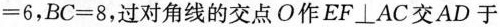
=6，$$BC=8$$，过对角线的交点O作$$EF\perp AC$$交AD于